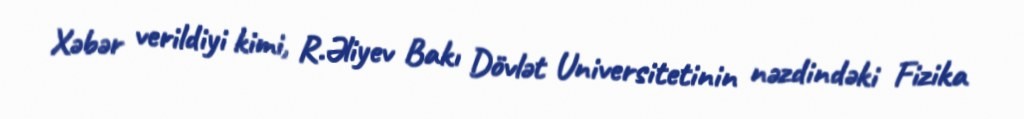
Xəbər verildiyi kimi, R.Əliyev Bakı Dövlət Universitetinin nəzdindəki Fizika